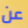
عن